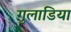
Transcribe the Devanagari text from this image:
गुलाडिया